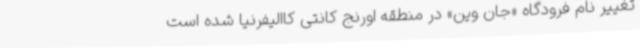
تغییر نام فرودگاه «جان وین» در منطقه اورنج کانتی کاالیفرنیا شده است